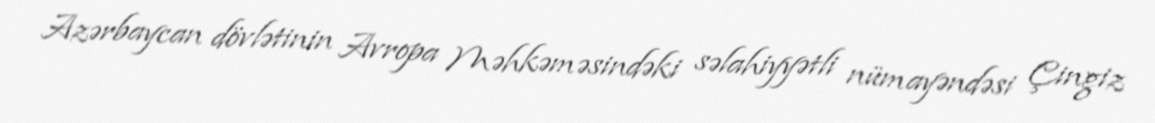
Azərbaycan dövlətinin Avropa Məhkəməsindəki səlahiyyətli nümayəndəsi Çingiz